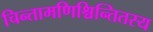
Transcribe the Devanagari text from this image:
चिन्तामणिश्चिन्तितस्य